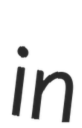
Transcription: in